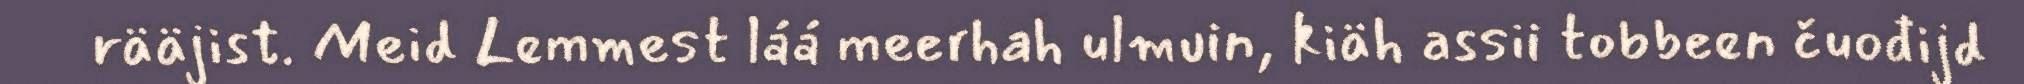
rääjist. Meid Lemmest láá meerhah ulmuin, kiäh assii tobbeen čuođijd